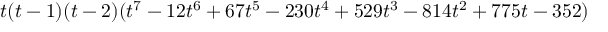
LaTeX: t ( t - 1 ) ( t - 2 ) ( t ^ { 7 } - 1 2 t ^ { 6 } + 6 7 t ^ { 5 } - 2 3 0 t ^ { 4 } + 5 2 9 t ^ { 3 } - 8 1 4 t ^ { 2 } + 7 7 5 t - 3 5 2 )